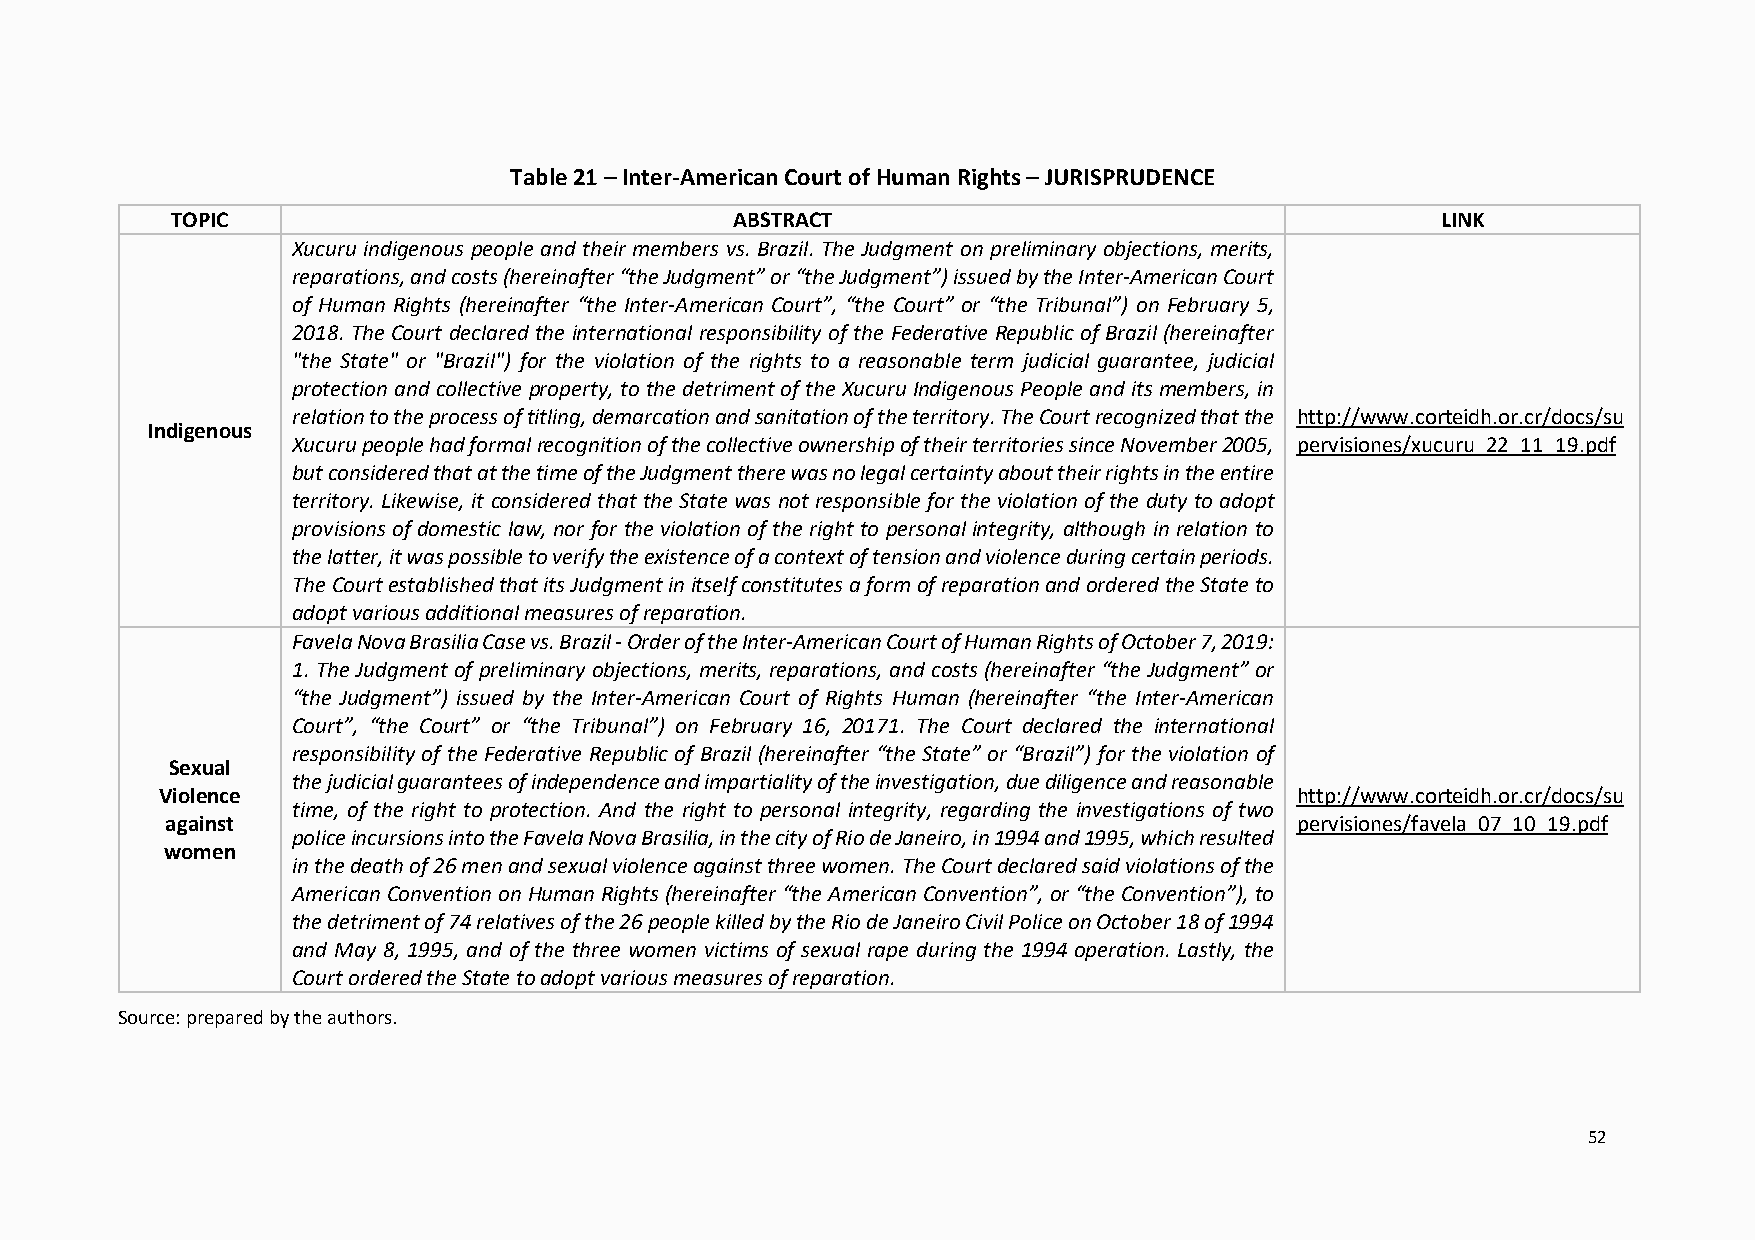
Table 21 – Inter-American Court of Human Rights – JURISPRUDENCE
 TOPIC                                 ABSTRACT                                      LINK
 Xucuru indigenous people and their members vs. Brazil. The Judgment on preliminary objections, merits,
 reparations, and costs (hereinafter “the Judgment” or “the Judgment”) issued by the Inter-American Court
 of Human Rights (hereinafter “the Inter-American Court”, “the Court” or “the Tribunal”) on February 5,
 2018. The Court declared the international responsibility of the Federative Republic of Brazil (hereinafter
 "the State" or "Brazil") for the violation of the rights to a reasonable term judicial guarantee, judicial
 protection and collective property, to the detriment of the Xucuru Indigenous People and its members, in
 relation to the process of titling, demarcation and sanitation of the territory. The Court recognized that the http://www.corteidh.or.cr/docs/su
 Indigenous
 Xucuru people had formal recognition of the collective ownership of their territories since November 2005, pervisiones/xucuru_22_11_19.pdf
 but considered that at the time of the Judgment there was no legal certainty about their rights in the entire
 territory. Likewise, it considered that the State was not responsible for the violation of the duty to adopt
 provisions of domestic law, nor for the violation of the right to personal integrity, although in relation to
 the latter, it was possible to verify the existence of a context of tension and violence during certain periods.
 The Court established that its Judgment in itself constitutes a form of reparation and ordered the State to
 adopt various additional measures of reparation.
 Favela Nova Brasilia Case vs. Brazil - Order of the Inter-American Court of Human Rights of October 7, 2019:
 1. The Judgment of preliminary objections, merits, reparations, and costs (hereinafter “the Judgment” or
 “the Judgment”) issued by the Inter-American Court of Rights Human (hereinafter “the Inter-American
 Court”, “the Court” or “the Tribunal”) on February 16, 20171. The Court declared the international
 responsibility of the Federative Republic of Brazil (hereinafter “the State” or “Brazil”) for the violation of
 Sexual
 the judicial guarantees of independence and impartiality of the investigation, due diligence and reasonable
 Violence                                                                    http://www.corteidh.or.cr/docs/su
 time, of the right to protection. And the right to personal integrity, regarding the investigations of two
 against                                                                    pervisiones/favela_07_10_19.pdf
 police incursions into the Favela Nova Brasilia, in the city of Rio de Janeiro, in 1994 and 1995, which resulted
 women
 in the death of 26 men and sexual violence against three women. The Court declared said violations of the
 American Convention on Human Rights (hereinafter “the American Convention”, or “the Convention”), to
 the detriment of 74 relatives of the 26 people killed by the Rio de Janeiro Civil Police on October 18 of 1994
 and May 8, 1995, and of the three women victims of sexual rape during the 1994 operation. Lastly, the
 Court ordered the State to adopt various measures of reparation.
 Source: prepared by the authors.
 52